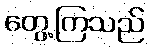
တွေ့ကြသည်